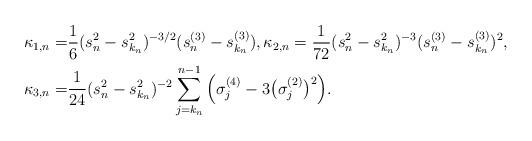
LaTeX: \begin{align*} \kappa_{1, n} = &{\frac{1}{6} (s_n^2-s_{k_n}^2 )^{-3/2} }{(s_n^{(3)} - s_{k_n}^{(3)}) }, \kappa_{2, n} = \frac{1}{72} (s_n^2-s_{k_n}^2 )^{-3} (s_n^{(3)} - s_{k_n}^{(3)})^2, \\ \kappa_{3, n} = &\frac{ 1}{24} (s_n^2-s_{k_n}^2 )^{-2} \sum_{j=k_n}^{n-1} \Big(\sigma_j^{(4)} -3\big(\sigma_j^{(2)}\big)^2 \Big). \end{align*}